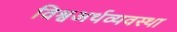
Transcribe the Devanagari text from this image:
विश्वअर्थव्यवस्था